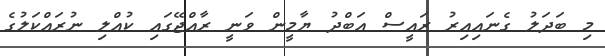
މި ބަދަލު ގެނައިއިރު ރައީސް އަބްދު ޔާމީން ވަނީ ރާއްޖޭގައި ކުއްލި ނުރައްކަލުގެ